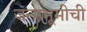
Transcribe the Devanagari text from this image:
जन्मभूमीची